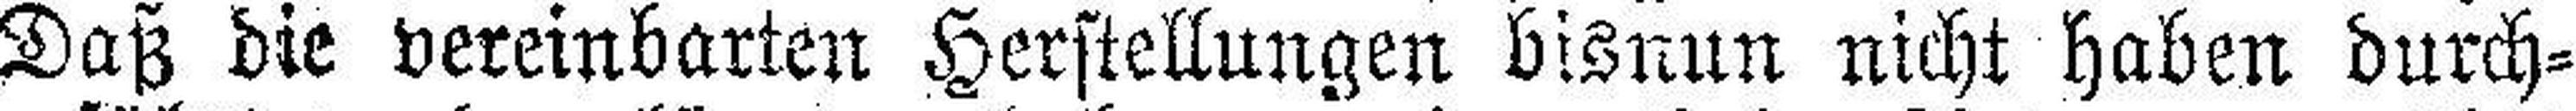
Daß die vereinbarten Herstellungen bisnun nicht haben durch¬